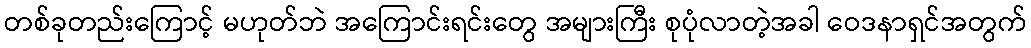
တစ်ခုတည်းကြောင့် မဟုတ်ဘဲ အကြောင်းရင်းတွေ အများကြီး စုပုံလာတဲ့အခါ ဝေဒနာရှင်အတွက်